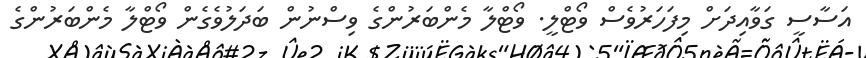
އަސާސީ ގަވާއިދަށް މިފަހަރުވެސް ވޯޓްލީ. ވޯޓްލާ މެންބަރުންގެ ވިސްނުން ބަދަލުވެގެން ވޯޓްލާ މެންބަރުންގެ